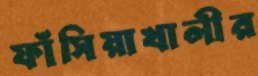
ফাঁসিয়াখালীর